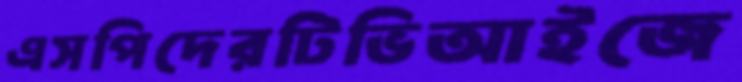
এসপিদেরটিভিআইজে